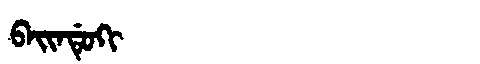
Manchu: ᠪᠠᡳᠨᡩᡠᡴᡳ
Romanization: BAINDUKI